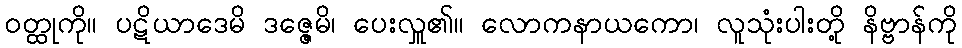
ဝတ္ထုကို။ ပဋိယာဒေမိ ဒဇ္ဇေမိ၊ ပေးလှူ၏။ လောကနာယကော၊ လူသုံးပါးတို့ နိဗ္ဗာန်ကို